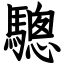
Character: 驄